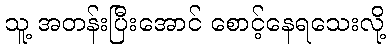
သူ့ အတန်းပြီးအောင် စောင့်နေရသေးလို့